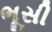
ભૂસી